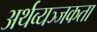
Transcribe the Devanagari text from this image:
अर्थव्यञ्जकता